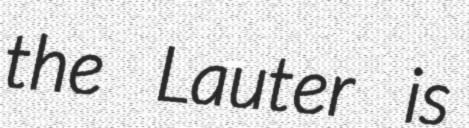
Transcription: the Lauter is